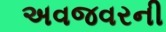
અવજવરની